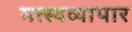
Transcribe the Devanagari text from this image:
मत्स्यव्यापार